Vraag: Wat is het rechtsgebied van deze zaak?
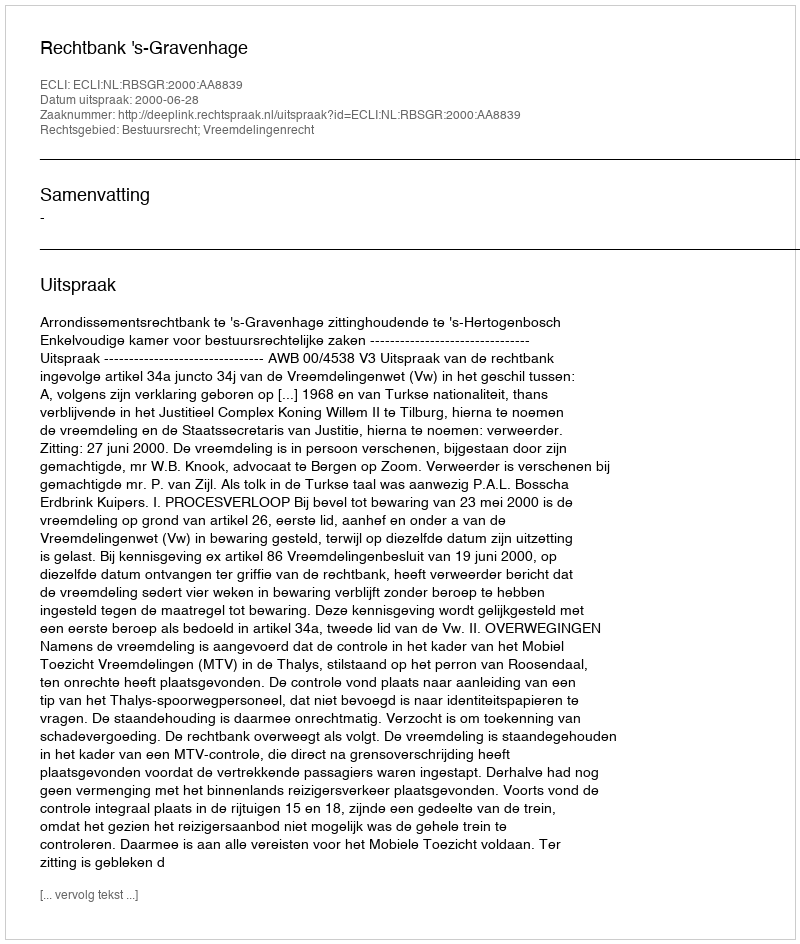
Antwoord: Bestuursrecht; Vreemdelingenrecht